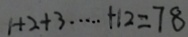
1 + 2 + 3 \cdots + 1 2 = 7 8